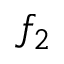
f _ { 2 }